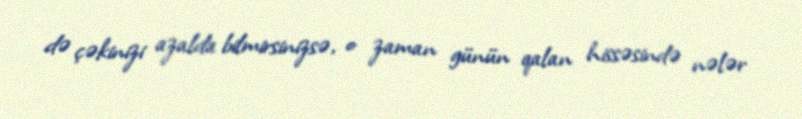
də çəkinizi azalda bilmirsinizsə, o zaman günün qalan hissəsində nələr